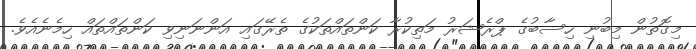
މިގޮތުން މިބުނި ހިސާބުގެ ޕްރެޝަރު މަތިކުރާ ކަންތައްތަކުގެ ތެރޭގައި އަންނަނިވި ކަންތައްތައް ހިމެނެއެވެ.